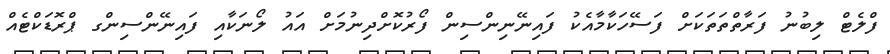
ފްލެޓް ލިބުނު ފަރާތްތަތަކަށް ފަސޭހަކާމާއެކު ފައިނޭނިންސިން ފޯރުކޮށްދިނުމަށް އައު ލޯނަކާއި ފައިނޭންސިންގ ޕްރޮޑަކްޓެއް